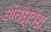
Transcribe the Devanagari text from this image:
अंतध्र्वंस